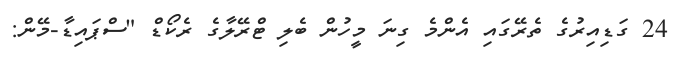
24 ގަޑިއިރުގެ ތެރޭގައި އެންމެ ގިނަ މީހުން ބެލި ޓްރޭލާގެ ރެކޯޑް "ސްޕައިޑާ-މޭން: